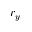
r _ { y }